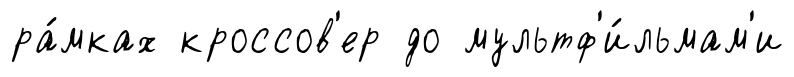
ра́мках кроссов'ер до мультф'и́льмам'и